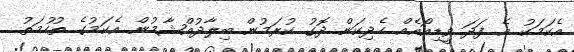
އެކަމަކު އެ ފަދަ ވީޑިއޯއެއް ހެދިކަން ދޮގު ކުރަމުން ބިލާދުއްޝާމުން އެކަމުގެ ތުހުމަތު